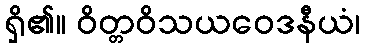
ရှိ၏။ ဝိတ္တဝိသယဝေဒနီယံ၊